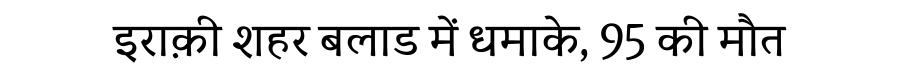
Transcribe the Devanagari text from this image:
इराक़ी शहर बलाड में धमाके, 95 की मौत